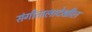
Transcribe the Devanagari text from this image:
संगीतालादेखील